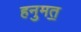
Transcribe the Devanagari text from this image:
हनुमत॒